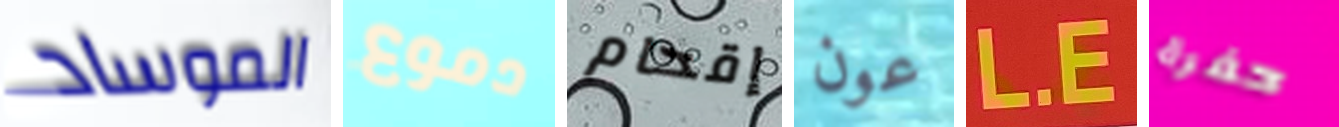
الموساد دموع إقحام عون L.E حفرة